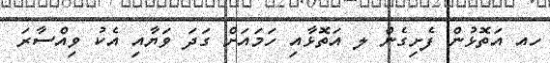
ހއ އަތޮޅުން ފެށިގެން ލ އަތޮޅާއި ހަމައަށް ގަދަ ވަޔާއި އެކު ވިއްސާރަ